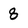
Character: 8